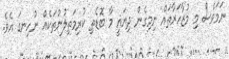
ނަމަވެސް މި މުޒާހަރާތައް ނިމިގެން ދިޔައީ މާ ބޮޑެތި ކުރިމަތިލުންތަކެއް ނުހިނގަ އެވެ.